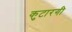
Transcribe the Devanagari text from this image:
कुटारगी